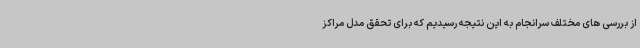
از بررسی های مختلف سرانجام به این نتیجه رسیدیم که برای تحقق مدل مراکز